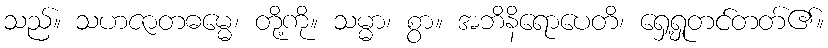
သည်။ သဟဇာတဓမ္မေ၊ တို့ကို။ သမ္မာ၊ စွာ။ အဘိနိရောပေတိ၊ ရှေ့ရှုတင်တတ်၏။